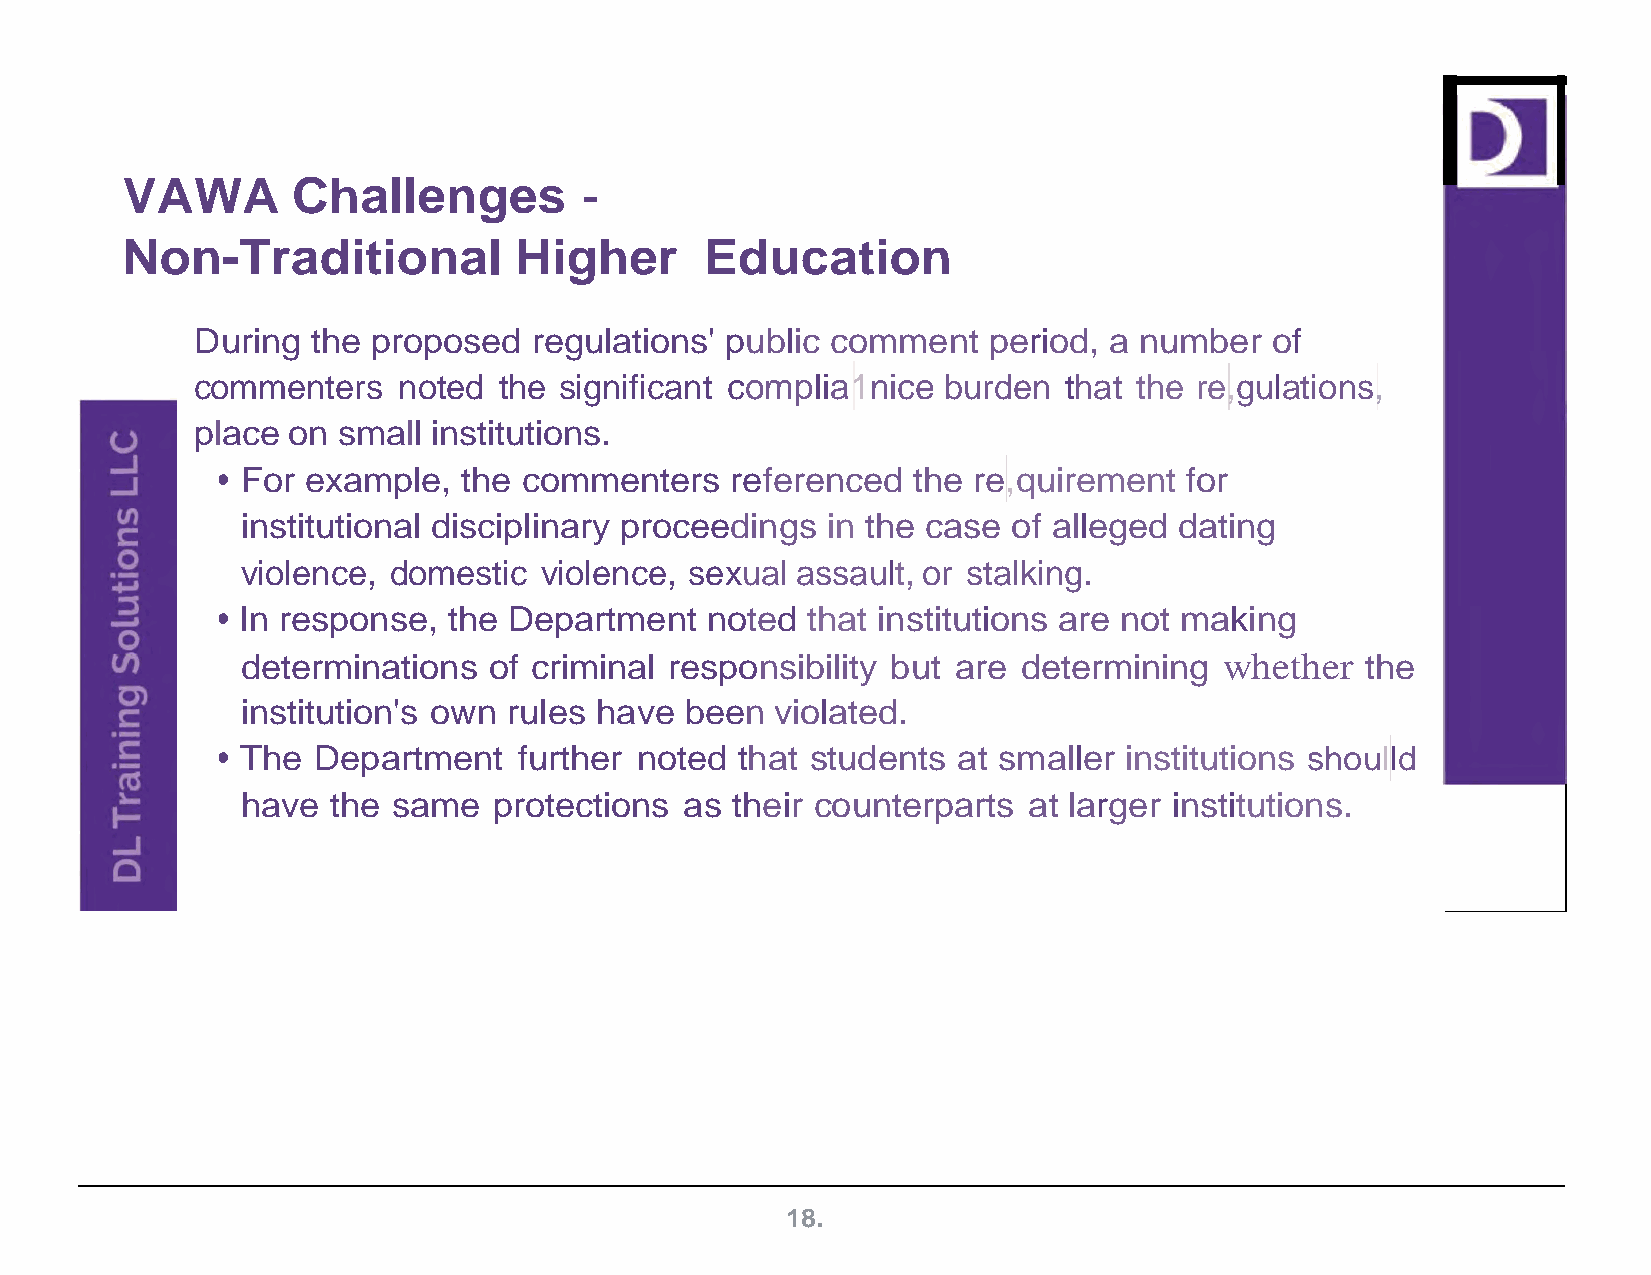
VAWA       Challenges          -
 Non-Traditional           Higher       Education
 During  the proposed  regulations' public comment   period, a number   of
 commenters   noted  the significant complia1nice burden  that the re,gulations,
 place on small institutions.
 • For example,   the commenters   referenced  the re,quirement  for
 institutional disciplinary proceedings in the case of alleged dating
 violence, domestic  violence, sexual assault, or stalking.
 • In response,  the Department   noted that institutions are not making
 determinations  of criminal responsibility but are  determining  whether  the
 institution's own rules have been  violated.
 • The  Department   further noted  that students at smaller institutions shoulld
 have  the same   protections as their counterparts  at larger institutions.
 18.